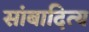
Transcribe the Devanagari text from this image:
सांबादित्य